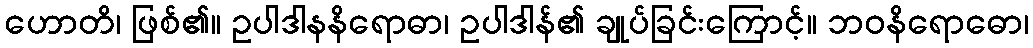
ဟောတိ၊ ဖြစ်၏။ ဥပါဒါနနိရောဓာ၊ ဥပါဒါန်၏ ချုပ်ခြင်းကြောင့်။ ဘဝနိရောဓော၊